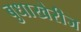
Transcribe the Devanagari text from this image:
बुधाखेरीज